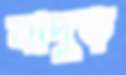
বাদুড়